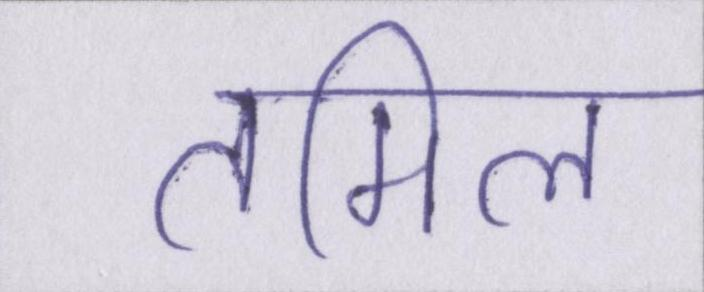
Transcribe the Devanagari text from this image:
तमिल